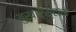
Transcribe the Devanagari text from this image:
बुखारेस्टला